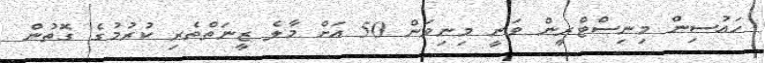
ހައުސިން މިނިސްޓްރީން ވަނީ މިނިވަން 50 އަށް މާލެ ޒީނަތްތެރި ކުރުމުގެ ގޮތުން